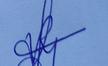
Signature authenticity: genuine